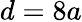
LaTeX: d=8a